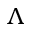
\boldsymbol { \Lambda }